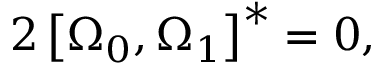
2 \left[ \Omega _ { 0 } , \Omega _ { 1 } \right] ^ { * } = 0 ,